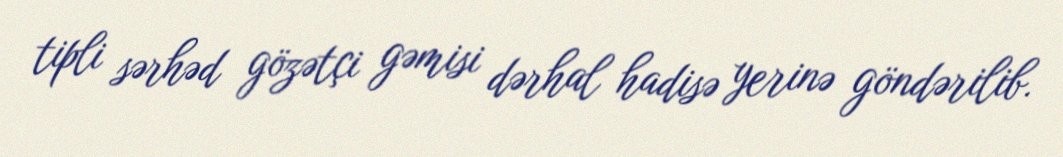
tipli sərhəd gözətçi gəmisi dərhal hadisə yerinə göndərilib.